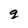
Character: g